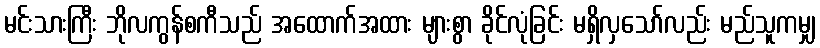
မင်းသားကြီး ဘိုလကွန်စကီသည် အထောက်အထား များစွာ ခိုင်လုံခြင်း မရှိလှသော်လည်း မည်သူကမျှ